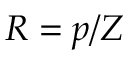
R = p / Z